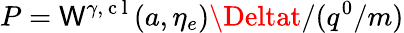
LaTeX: P=\mathsf{W}^{\gamma,\mathrm{{~c~l~}}}(a,\eta_{e})\Deltat/(q^{0}/m)